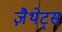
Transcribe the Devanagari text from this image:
ज़ैथेट्स